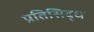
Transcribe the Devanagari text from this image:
प्रतिसिद्ध